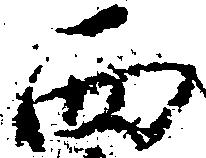
西